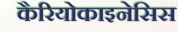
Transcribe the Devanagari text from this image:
कैरियोकाइनेसिस